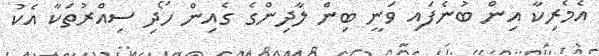
އެމެރިކާ އިން ބުނެފައި ވަނީ ބިން ލާދިންގެ ގެއިން ހޯދި ސިއްރުތަކާ އެކު